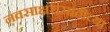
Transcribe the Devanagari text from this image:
नवसाक्षरांसाठीच्या